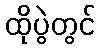
ထိုပွဲတွင်